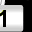
Digit: 1